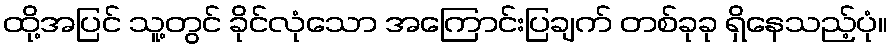
ထို့အပြင် သူ့တွင် ခိုင်လုံသော အကြောင်းပြချက် တစ်ခုခု ရှိနေသည့်ပုံ။